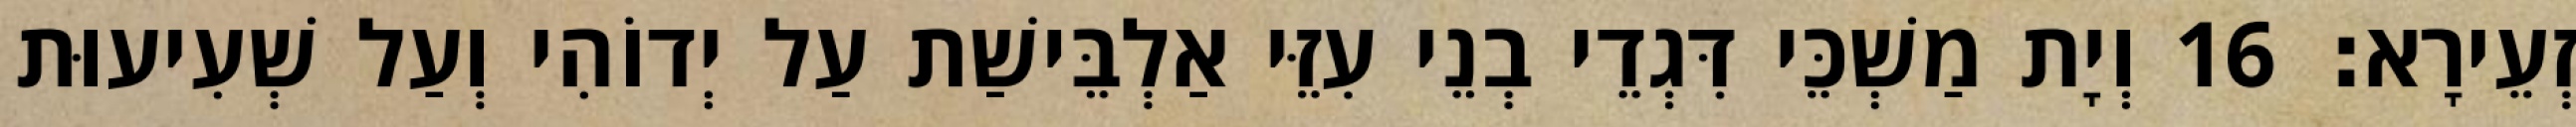
זְעֵירָא׃ 16 וְיָת מַשְׁכֵּי דִּגְדֵי בְנֵי עִזֵּי אַלְבֵּישַׁת עַל יְדוֹהִי וְעַל שְׁעִיעוּת